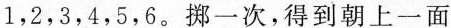
1，2，3，4，5，6。掬一次，得到朝上一面